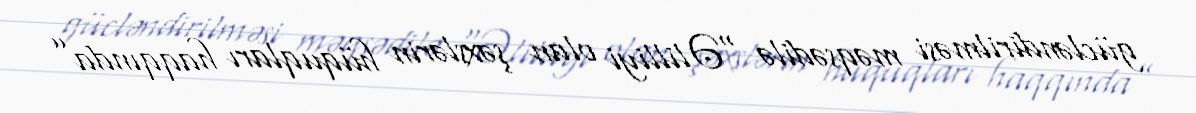
gücləndirilməsi məqsədilə “Əlilliyi olan şəxslərin hüquqları haqqında”